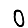
Digit: 0